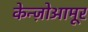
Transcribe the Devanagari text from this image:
केन्ज़ोआमूर